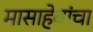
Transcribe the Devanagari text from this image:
मासाहेबांचा